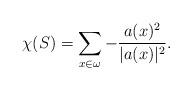
LaTeX: \begin{align*}\chi(S)=\sum_{x\in \omega}-\frac{a(x)^2}{\vert a(x)\vert^2}. \end{align*}